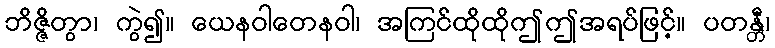
ဘိဇ္ဇိတွာ၊ ကွဲ၍။ ယေနဝါတေနဝါ၊ အကြင်ထိုထိုဤဤအရပ်ဖြင့်။ ပတန္တီ၊